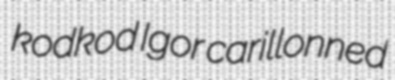
kodkod Igor carillonned